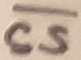
Text: CS